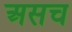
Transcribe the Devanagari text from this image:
असच